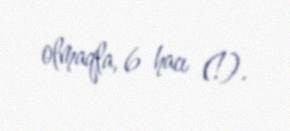
olmaqla, 6 hacı (!).